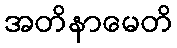
အတိနာမေတိ